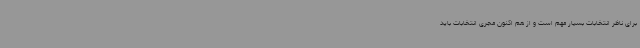
برای ناظر انتخابات بسیار مهم است و از هم اکنون مجری انتخابات باید